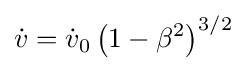
{\dot {v}}={\dot {v}}_{0}\left(1-\beta ^{2}\right)^{3/2}